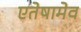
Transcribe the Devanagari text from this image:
एतेषामेव